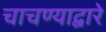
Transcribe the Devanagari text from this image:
चाचण्याद्वारे